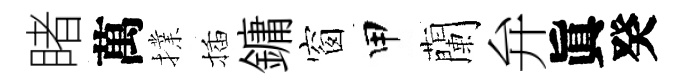
睹萬擈插鏞窗甲蘭弁眞癸